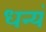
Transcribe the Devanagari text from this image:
धन्यं